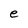
Character: e